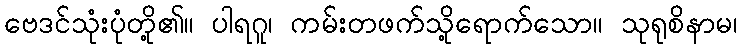
ဗေဒင်သုံးပုံတို့၏။ ပါရဂူ၊ ကမ်းတဖက်သို့ရောက်သော။ သုရုစိနာမ၊